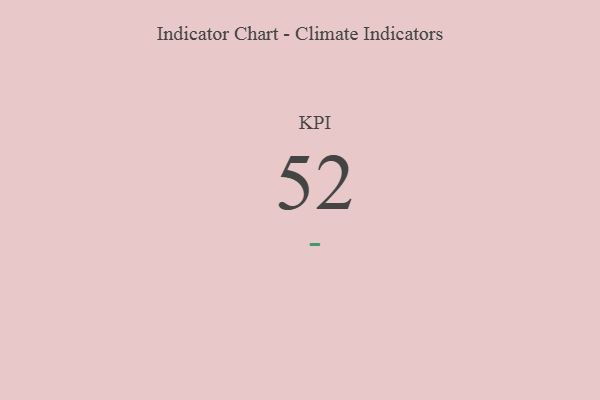
{"axis": {"x": "KPI", "y": "Value"}, "legend": [""], "data": [{"x": "KPI", "y": 52, "type": ""}]}